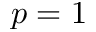
p = 1